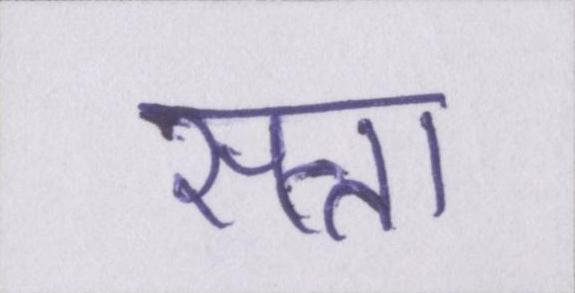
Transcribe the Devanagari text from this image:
सत्ता